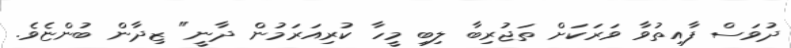
ދުވަސް ފާއިތުވާ ވަރަކަށް ތަޖުރިބާ ލިބި މީހާ ކުރިއަރަމުން ދާނީ" ޒިދާން ބުންޏެވެ.